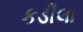
કડીલા